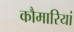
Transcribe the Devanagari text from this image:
कौमारियां